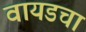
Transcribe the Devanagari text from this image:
वायडचा